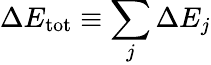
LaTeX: \Delta E_{\mathrm{tot}}\equiv\sum_{j}\Delta E_{j}